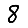
Digit: 8